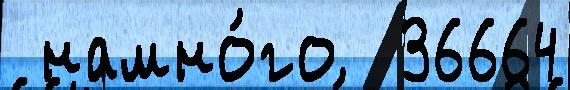
 намно́го  36664